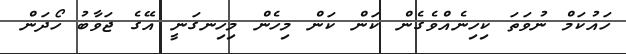
ހައުކަމް ނުވަތަ ކިހިނެއްވެގެން ކަން ކަން މިހެން މިހިނގަނީ އޭގެ ޖަވާބު ހޯދަން